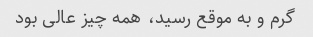
گرم و به موقع رسید، همه چیز عالی بود